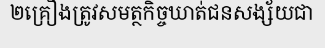
២គ្រឿងត្រូវសមត្ថកិច្ចឃាត់ជនសង្ស័យជា